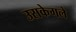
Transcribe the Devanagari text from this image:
उसकेगले